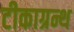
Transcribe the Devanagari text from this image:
टीकाग्रन्थ